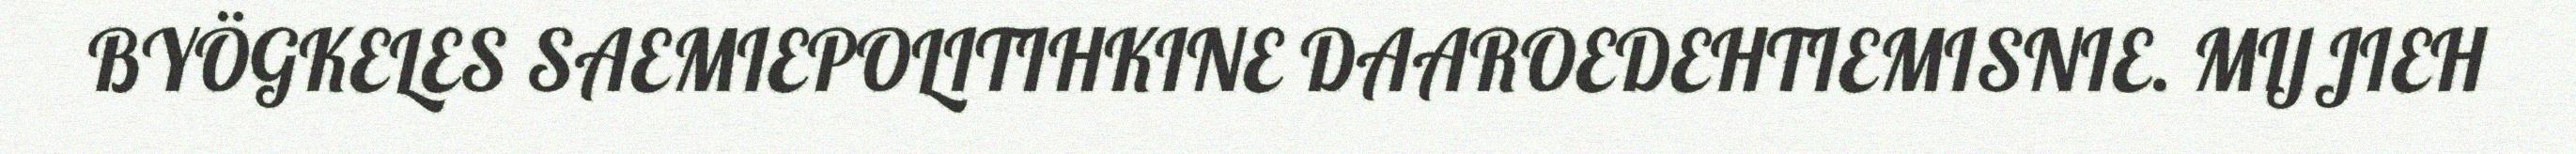
BYÖGKELES SAEMIEPOLITIHKINE DAAROEDEHTIEMISNIE. MIJJIEH